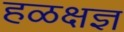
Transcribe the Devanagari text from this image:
हळक्षज्ञ